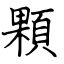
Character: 顆